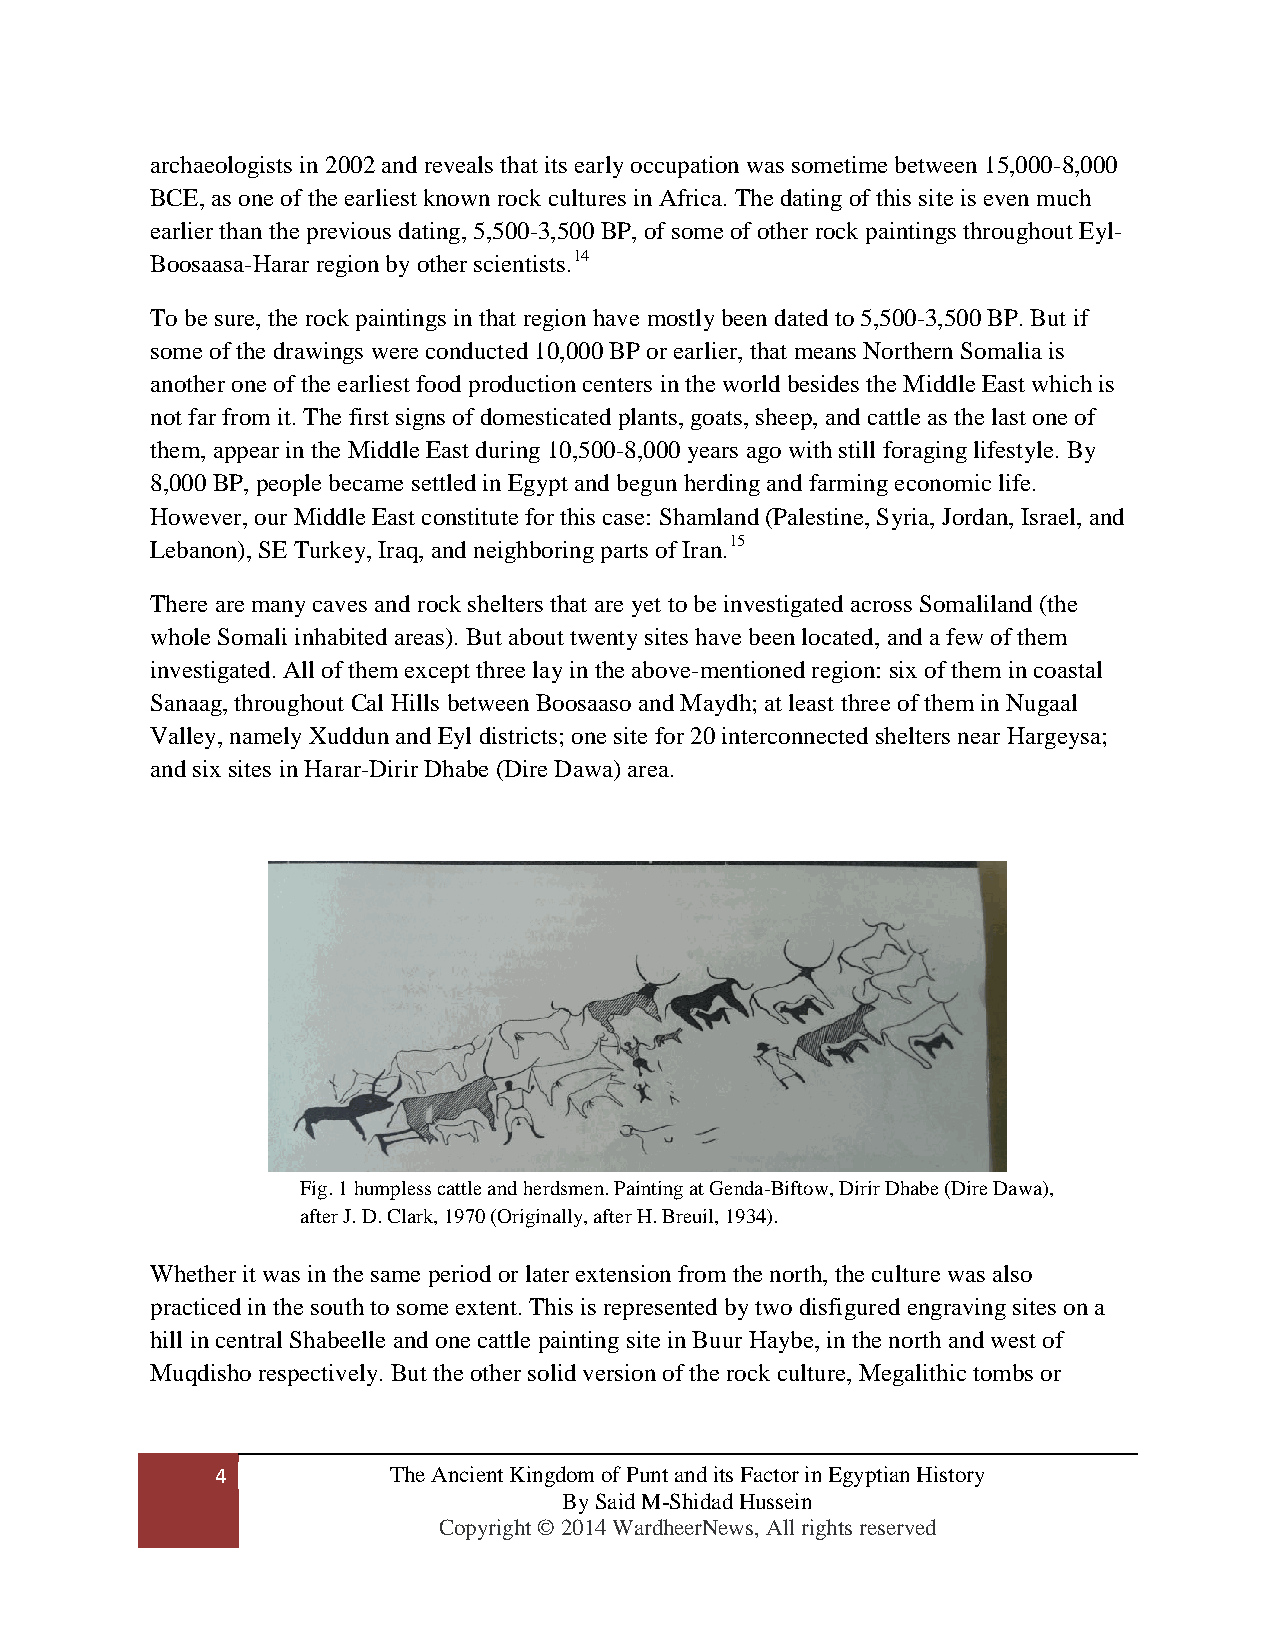
archaeologists in 2002 and reveals that its early occupation was sometime between 15,000-8,000
 BCE, as one of the earliest known rock cultures in Africa. The dating of this site is even much
 earlier than the previous dating, 5,500-3,500 BP, of some of other rock paintings throughout Eyl-
 Boosaasa-Harar region by other scientists.14
 To be sure, the rock paintings in that region have mostly been dated to 5,500-3,500 BP. But if
 some of the drawings were conducted 10,000 BP or earlier, that means Northern Somalia is
 another one of the earliest food production centers in the world besides the Middle East which is
 not far from it. The first signs of domesticated plants, goats, sheep, and cattle as the last one of
 them, appear in the Middle East during 10,500-8,000 years ago with still foraging lifestyle. By
 8,000 BP, people became settled in Egypt and begun herding and farming economic life.
 However, our Middle East constitute for this case: Shamland (Palestine, Syria, Jordan, Israel, and
 Lebanon), SE Turkey, Iraq, and neighboring parts of Iran.15
 There are many caves and rock shelters that are yet to be investigated across Somaliland (the
 whole Somali inhabited areas). But about twenty sites have been located, and a few of them
 investigated. All of them except three lay in the above-mentioned region: six of them in coastal
 Sanaag, throughout Cal Hills between Boosaaso and Maydh; at least three of them in Nugaal
 Valley, namely Xuddun and Eyl districts; one site for 20 interconnected shelters near Hargeysa;
 and six sites in Harar-Dirir Dhabe (Dire Dawa) area.
 Fig. 1 humpless cattle and herdsmen. Painting at Genda-Biftow, Dirir Dhabe (Dire Dawa),
 after J. D. Clark, 1970 (Originally, after H. Breuil, 1934).
 Whether it was in the same period or later extension from the north, the culture was also
 practiced in the south to some extent. This is represented by two disfigured engraving sites on a
 hill in central Shabeelle and one cattle painting site in Buur Haybe, in the north and west of
 Muqdisho respectively. But the other solid version of the rock culture, Megalithic tombs or
 4           The Ancient Kingdom of Punt and its Factor in Egyptian History
 By Said M-Shidad Hussein
 Copyright © 2014 WardheerNews, All rights reserved